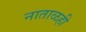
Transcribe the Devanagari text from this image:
नाताळही